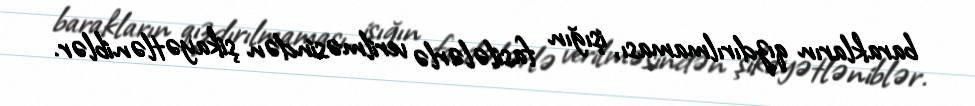
barakların qızdırılmaması, işığın fasilələrlə verilməsindən şikayətləniblər.